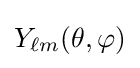
Y_{\ell m}(\theta ,\varphi )